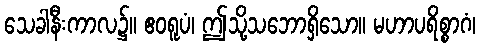
သေခါနီးကာလ၌။ ဧဝရူပံ၊ ဤသို့သဘောရှိသော။ မဟာပရိစ္စာဂံ၊